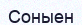
Соныен